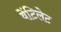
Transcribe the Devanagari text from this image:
वेंटिलेट